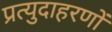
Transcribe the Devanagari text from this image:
प्रत्युदाहरणों